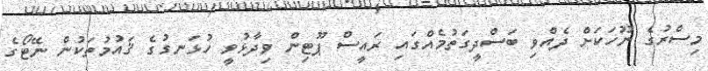
މިސްރުގެ ނޫހަކަށް ދެއްވި ބަސްދީގަތުމެއްގައި ރައީސް ޕޫޓިން ވިދާޅުވީ ހުޅަނގުގެ ޤައުމުތަކުން ނޭޓޯގެ